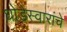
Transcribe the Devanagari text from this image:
घोडेस्वारांचे